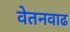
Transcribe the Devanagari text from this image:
वेतनवाढ